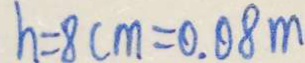
h = 8 c m = 0 . 0 8 m